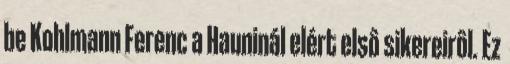
be Kohlmann Ferenc a Hauninál elért elsô sikereirôl. Ez